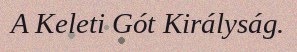
A Keleti Gót Királyság.